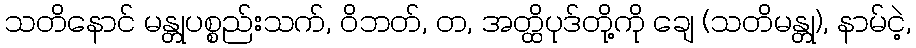
သတိနောင် မန္တုပစ္စည်းသက်, ဝိဘတ်, တ, အတ္ထိပုဒ်တို့ကို ချေ (သတိမန္တု), နာမ်ငဲ့,